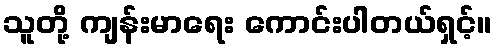
သူတို့ ကျန်းမာရေး ကောင်းပါတယ်ရှင့်။